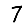
Digit: 7